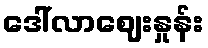
ဒေါ်လာဈေးနှုန်း